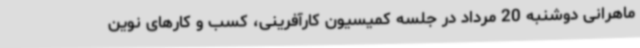
ماهرانی دوشنبه 20 مرداد در جلسه کمیسیون کارآفرینی، کسب و کارهای نوین